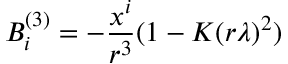
B _ { i } ^ { ( 3 ) } = - { \frac { x ^ { i } } { r ^ { 3 } } } ( 1 - K ( r \lambda ) ^ { 2 } )